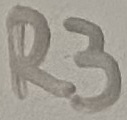
Text: R3